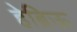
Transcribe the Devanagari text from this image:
हेब्रिऊ